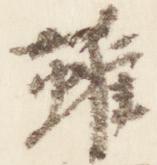
雖